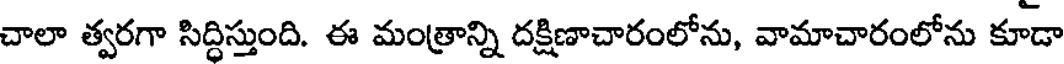
చాలా త్వరగా సిద్ధిస్తుంది. ఈ మంత్రాన్ని దక్షిణాచారంలోను, వామాచారంలోను కూడా